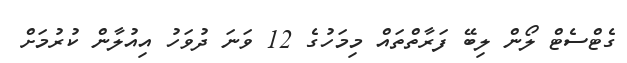
ގެޓްސެޓް ލޯން ލިބޭ ފަރާތްތައް މިމަހުގެ 12 ވަނަ ދުވަހު އިއުލާން ކުރުމަށް